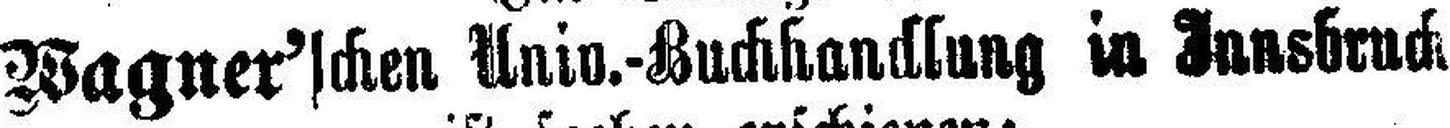
Wagner'schen Univ.-Buchhandlung in Innsbruck